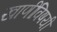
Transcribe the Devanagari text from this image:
खाणींविषयी